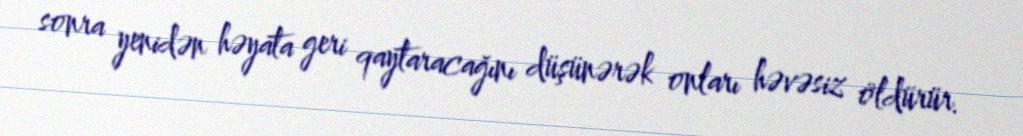
sonra yenidən həyata geri qaytaracağını düşünərək onları həvəsiz öldürür.